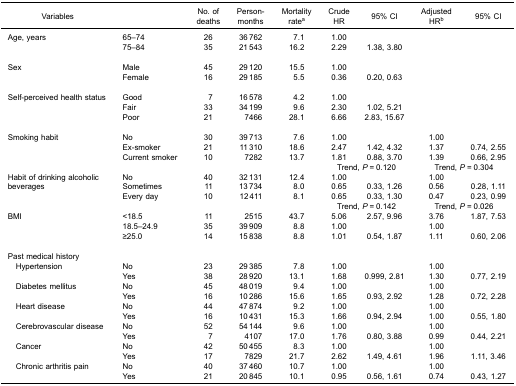
<table><thead><tr><td><b>Variables</b></td><td><b> </b></td><td><b>No. of deaths</b></td><td><b>Person-months</b></td><td><b>Mortality rate<sup>a</sup></b></td><td><b>Crude HR</b></td><td><b>95% CI</b></td><td><b>Adjusted HR<sup>b</sup></b></td><td><b>95% CI</b></td></tr></thead><tbody><tr><td>Age, years</td><td>65–74</td><td>26</td><td>36 762</td><td>7.1</td><td>1.00</td><td> </td><td> </td><td> </td></tr><tr><td> </td><td>75–84</td><td>35</td><td>21 543</td><td>16.2</td><td>2.29</td><td>1.38, 3.80</td><td> </td><td> </td></tr><tr><td colspan="9"> </td></tr><tr><td>Sex</td><td>Male</td><td>45</td><td>29 120</td><td>15.5</td><td>1.00</td><td> </td><td> </td><td> </td></tr><tr><td> </td><td>Female</td><td>16</td><td>29 185</td><td>5.5</td><td>0.36</td><td>0.20, 0.63</td><td> </td><td> </td></tr><tr><td colspan="9"> </td></tr><tr><td>Self-perceived health status</td><td>Good</td><td>7</td><td>16 578</td><td>4.2</td><td>1.00</td><td> </td><td> </td><td> </td></tr><tr><td> </td><td>Fair</td><td>33</td><td>34 199</td><td>9.6</td><td>2.30</td><td>1.02, 5.21</td><td> </td><td> </td></tr><tr><td> </td><td>Poor</td><td>21</td><td>7466</td><td>28.1</td><td>6.66</td><td>2.83, 15.67</td><td> </td><td> </td></tr><tr><td colspan="9"> </td></tr><tr><td>Smoking habit</td><td>No</td><td>30</td><td>39 713</td><td>7.6</td><td>1.00</td><td> </td><td>1.00</td><td> </td></tr><tr><td> </td><td>Ex-smoker</td><td>21</td><td>11 310</td><td>18.6</td><td>2.47</td><td>1.42, 4.32</td><td>1.37</td><td>0.74, 2.55</td></tr><tr><td> </td><td>Current smoker</td><td>10</td><td>7282</td><td>13.7</td><td>1.81</td><td>0.88, 3.70</td><td>1.39</td><td>0.66, 2.95</td></tr><tr><td> </td><td> </td><td> </td><td> </td><td> </td><td colspan="2">Trend, <i>P</i> = 0.120</td><td colspan="2">Trend, <i>P</i> = 0.304</td></tr><tr><td rowspan="2">Habit of drinking alcoholic beverages</td><td>No</td><td>40</td><td>32 131</td><td>12.4</td><td>1.00</td><td> </td><td>1.00</td><td> </td></tr><tr><td>Sometimes</td><td>11</td><td>13 734</td><td>8.0</td><td>0.65</td><td>0.33, 1.26</td><td>0.56</td><td>0.28, 1.11</td></tr><tr><td> </td><td>Every day</td><td>10</td><td>12 411</td><td>8.1</td><td>0.65</td><td>0.33, 1.30</td><td>0.47</td><td>0.23, 0.99</td></tr><tr><td> </td><td> </td><td> </td><td> </td><td> </td><td colspan="2">Trend, <i>P</i> = 0.142</td><td colspan="2">Trend, <i>P</i> = 0.026</td></tr><tr><td>BMI</td><td>&lt;18.5</td><td>11</td><td>2515</td><td>43.7</td><td>5.06</td><td>2.57, 9.96</td><td>3.76</td><td>1.87, 7.53</td></tr><tr><td> </td><td>18.5–24.9</td><td>35</td><td>39 909</td><td>8.8</td><td>1.00</td><td> </td><td>1.00</td><td> </td></tr><tr><td> </td><td>≥25.0</td><td>14</td><td>15 838</td><td>8.8</td><td>1.01</td><td>0.54, 1.87</td><td>1.11</td><td>0.60, 2.06</td></tr><tr><td colspan="9"> </td></tr><tr><td>Past medical history</td><td> </td><td> </td><td> </td><td> </td><td> </td><td> </td><td> </td><td> </td></tr><tr><td> Hypertension</td><td>No</td><td>23</td><td>29 385</td><td>7.8</td><td>1.00</td><td> </td><td>1.00</td><td> </td></tr><tr><td> </td><td>Yes</td><td>38</td><td>28 920</td><td>13.1</td><td>1.68</td><td>0.999, 2.81</td><td>1.30</td><td>0.77, 2.19</td></tr><tr><td> Diabetes mellitus</td><td>No</td><td>45</td><td>48 019</td><td>9.4</td><td>1.00</td><td> </td><td>1.00</td><td> </td></tr><tr><td> </td><td>Yes</td><td>16</td><td>10 286</td><td>15.6</td><td>1.65</td><td>0.93, 2.92</td><td>1.28</td><td>0.72, 2.28</td></tr><tr><td> Heart disease</td><td>No</td><td>44</td><td>47 874</td><td>9.2</td><td>1.00</td><td> </td><td>1.00</td><td> </td></tr><tr><td> </td><td>Yes</td><td>16</td><td>10 431</td><td>15.3</td><td>1.66</td><td>0.94, 2.94</td><td>1.00</td><td>0.55, 1.80</td></tr><tr><td> Cerebrovascular disease</td><td>No</td><td>52</td><td>54 144</td><td>9.6</td><td>1.00</td><td> </td><td>1.00</td><td> </td></tr><tr><td> </td><td>Yes</td><td>7</td><td>4107</td><td>17.0</td><td>1.76</td><td>0.80, 3.88</td><td>0.99</td><td>0.44, 2.21</td></tr><tr><td> Cancer</td><td>No</td><td>42</td><td>50 455</td><td>8.3</td><td>1.00</td><td> </td><td>1.00</td><td> </td></tr><tr><td> </td><td>Yes</td><td>17</td><td>7829</td><td>21.7</td><td>2.62</td><td>1.49, 4.61</td><td>1.96</td><td>1.11, 3.46</td></tr><tr><td> Chronic arthritis pain</td><td>No</td><td>40</td><td>37 460</td><td>10.7</td><td>1.00</td><td> </td><td>1.00</td><td> </td></tr><tr><td> </td><td>Yes</td><td>21</td><td>20 845</td><td>10.1</td><td>0.95</td><td>0.56, 1.61</td><td>0.74</td><td>0.43, 1.27</td></tr></tbody></table>